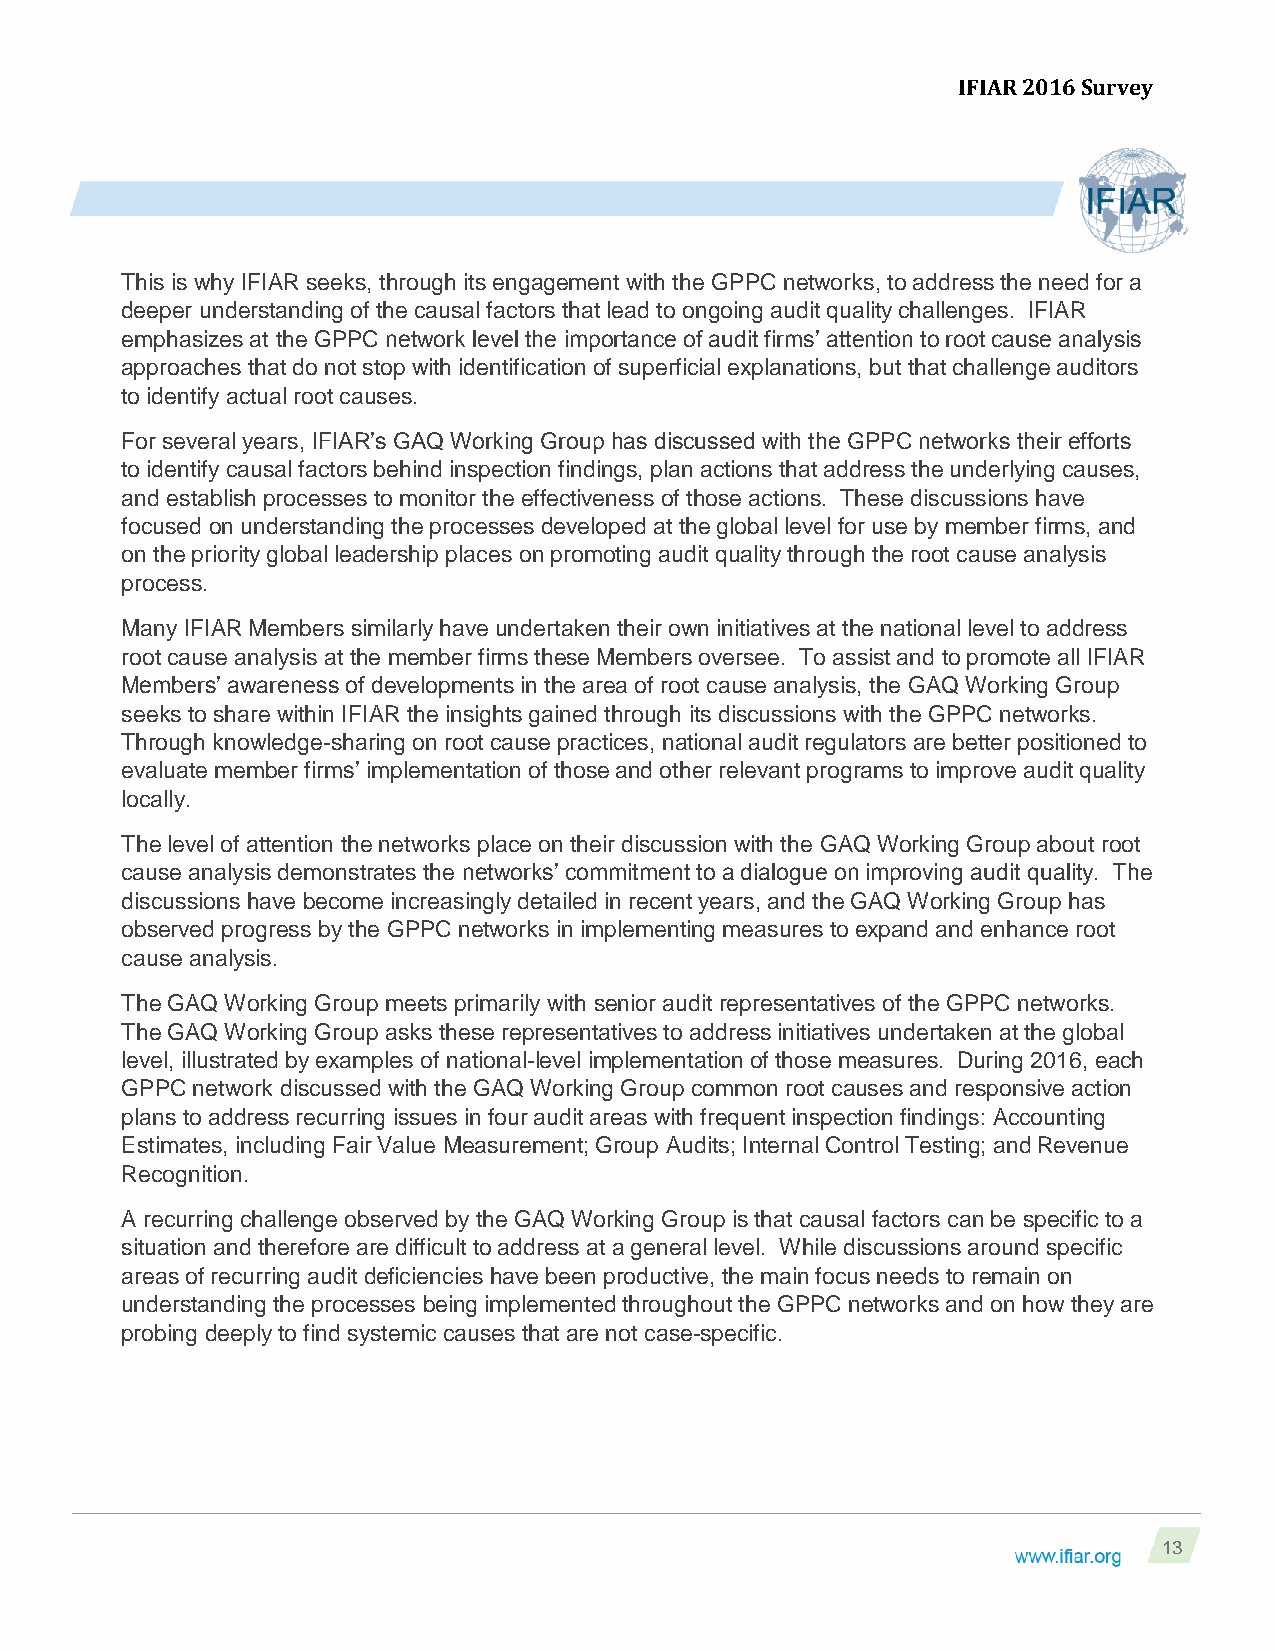
IFIAR 2016 Survey
 This is why IFIAR seeks, through its engagement with the GPPC networks, to address the need for a
 deeper understanding of the causal factors that lead to ongoing audit quality challenges. IFIAR
 emphasizes at the GPPC network level the importance of audit firms’ attention to root cause analysis
 approaches that do not stop with identification of superficial explanations, but that challenge auditors
 to identify actual root causes.
 For several years, IFIAR’s GAQ Working Group has discussed with the GPPC networks their efforts
 to identify causal factors behind inspection findings, plan actions that address the underlying causes,
 and establish processes to monitor the effectiveness of those actions. These discussions have
 focused on understanding the processes developed at the global level for use by member firms, and
 on the priority global leadership places on promoting audit quality through the root cause analysis
 process.
 Many IFIAR Members similarly have undertaken their own initiatives at the national level to address
 root cause analysis at the member firms these Members oversee. To assist and to promote all IFIAR
 Members’ awareness of developments in the area of root cause analysis, the GAQ Working Group
 seeks to share within IFIAR the insights gained through its discussions with the GPPC networks.
 Through knowledge-sharing on root cause practices, national audit regulators are better positioned to
 evaluate member firms’ implementation of those and other relevant programs to improve audit quality
 locally.
 The level of attention the networks place on their discussion with the GAQ Working Group about root
 cause analysis demonstrates the networks’ commitment to a dialogue on improving audit quality. The
 discussions have become increasingly detailed in recent years, and the GAQ Working Group has
 observed progress by the GPPC networks in implementing measures to expand and enhance root
 cause analysis.
 The GAQ Working Group meets primarily with senior audit representatives of the GPPC networks.
 The GAQ Working Group asks these representatives to address initiatives undertaken at the global
 level, illustrated by examples of national-level implementation of those measures. During 2016, each
 GPPC network discussed with the GAQ Working Group common root causes and responsive action
 plans to address recurring issues in four audit areas with frequent inspection findings: Accounting
 Estimates, including Fair Value Measurement; Group Audits; Internal Control Testing; and Revenue
 Recognition.
 A recurring challenge observed by the GAQ Working Group is that causal factors can be specific to a
 situation and therefore are difficult to address at a general level. While discussions around specific
 areas of recurring audit deficiencies have been productive, the main focus needs to remain on
 understanding the processes being implemented throughout the GPPC networks and on how they are
 probing deeply to find systemic causes that are not case-specific.
 13